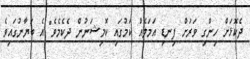
ދެކޮޅަށް ހިންގި ވަރަށް ފިނޑި އަމަލެއް ކަމުގައި ކޮމިޝަނުން ދެކެމެވެ" އެ ބަޔާނުގައިވެ